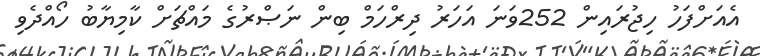
އެއަށްފަހު ހިޖުރައިން 252ވަނަ އަހަރު ދިރްހަމް ބިން ނަޞްރުގެ މައްޗަށް ކާމިޔާބު ހޯއްދެވި